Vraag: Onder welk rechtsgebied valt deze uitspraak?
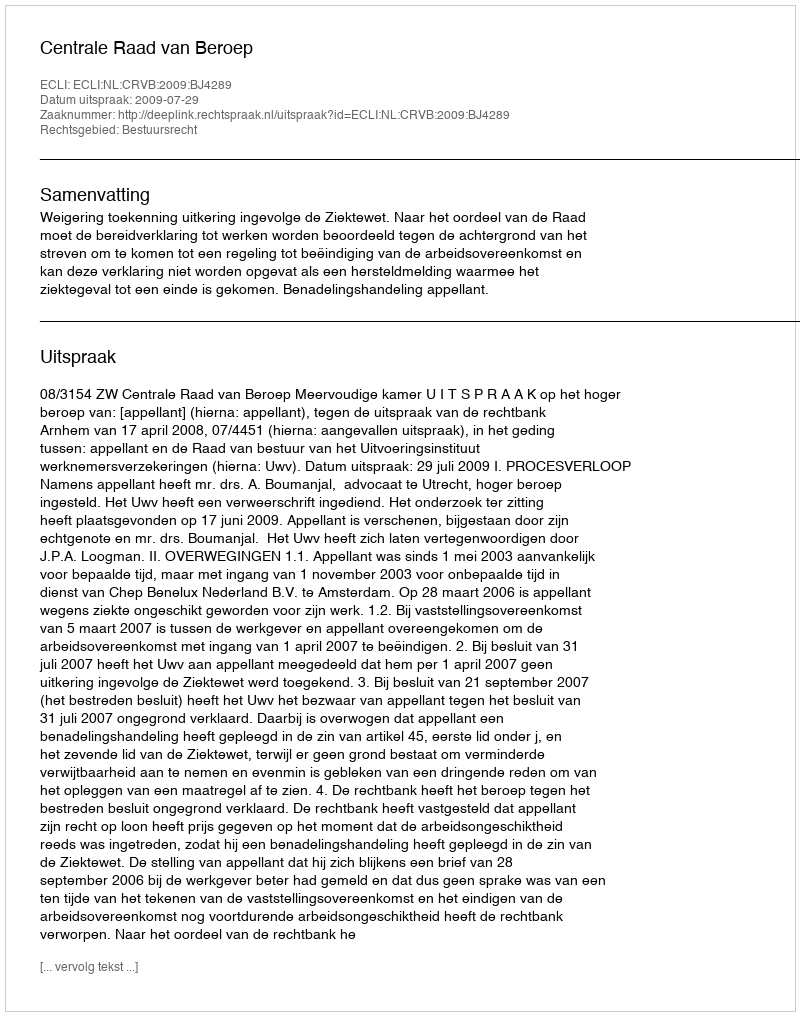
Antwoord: Bestuursrecht